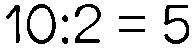
10:2 = 5